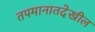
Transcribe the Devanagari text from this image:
तपमानातदेखील